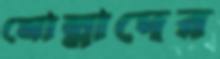
মোল্লাদের